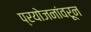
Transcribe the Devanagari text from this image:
प्रयोजनांवरून